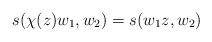
\begin{align*}s(\chi(z)w_1,w_2)&=s(w_1z,w_2)\end{align*}